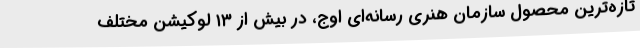
تازه‌ترین محصول سازمان هنری رسانه‌ای اوج، در بیش از ۱۳ لوکیشن مختلف